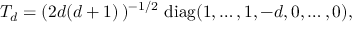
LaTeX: T _ { d } = ( 2 d ( d + 1 ) \, ) ^ { - 1 / 2 } \ \mathrm { d i a g } ( 1 , \ldots , 1 , - d , 0 , \ldots , 0 ) ,